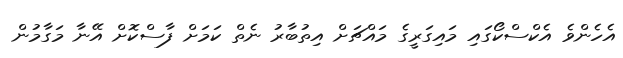
އެހެންވެ އެކްސްކޯގައި މައިގަރީގެ މައްޗަށް އިތުބާރު ނެތް ކަމަށް ފާސްކޮށް އޭނާ މަގާމުން